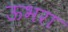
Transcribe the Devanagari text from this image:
ऊभरा